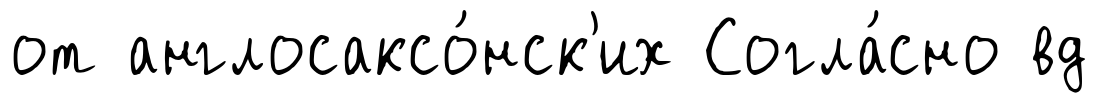
от англосаксо́нск'их Согла́сно вд